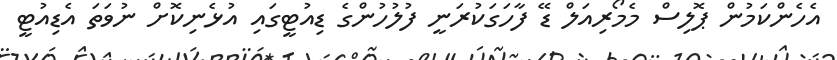
އެހެންކަމުން ޕޮލިސް މެމޯރިއަލް ޑޭ ފާހަގަކުރަނީ ފުލުހުންގެ ޑިއުޓީގައި އުޅެނިކޮށް ނުވަތަ އެޑިއުޓީ